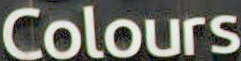
Colours